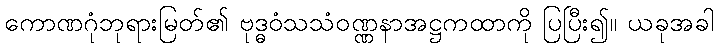
ကောဏဂုံဘုရားမြတ်၏ ဗုဒ္ဓဝံသသံဝဏ္ဏနာအဋ္ဌကထာကို ပြပြီး၍။ ယခုအခါ